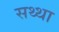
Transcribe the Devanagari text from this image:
सथ्था